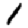
Digit: 1